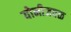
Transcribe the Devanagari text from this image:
योनीजवळ